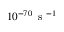
1 0 ^ { - 7 0 } \, \mathrm { ~ s ~ } ^ { - 1 }